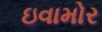
ઇવામોર